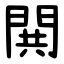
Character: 閧